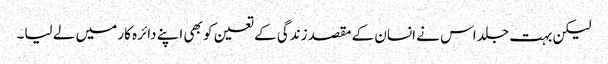
لیکن بہت جلد اس نے انسان کے مقصد زندگی کے تعین کو بھی اپنے دائرہ کار میں لے لیا۔